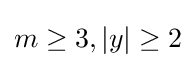
m\geq 3,\vert y\vert \geq 2